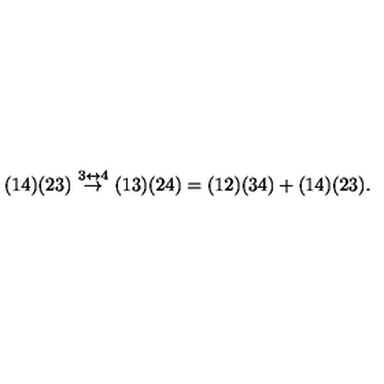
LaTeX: ( 1 4 ) ( 2 3 ) \ { \stackrel { 3 \leftrightarrow 4 } { \rightarrow } } \ ( 1 3 ) ( 2 4 ) = ( 1 2 ) ( 3 4 ) + ( 1 4 ) ( 2 3 ) .